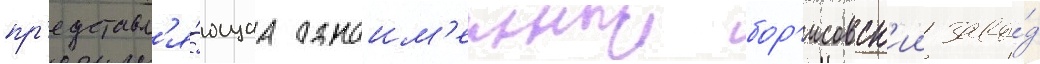
пр'едставл'я́ющаа одноим'енныи бор'исовск'ии заво́д